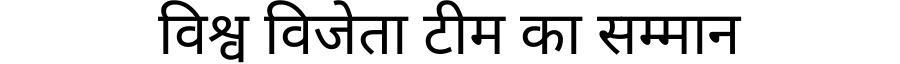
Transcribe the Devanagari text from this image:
विश्व विजेता टीम का सम्मान